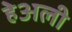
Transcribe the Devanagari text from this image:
हेअली